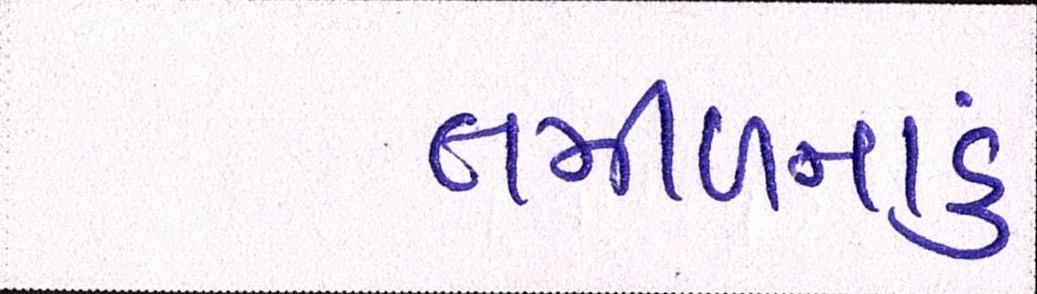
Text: તમીળનાડુ